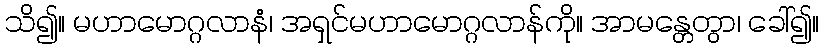
သိ၍။ မဟာမောဂ္ဂလာနံ၊ အရှင်မဟာမောဂ္ဂလာန်ကို။ အာမန္တေတွာ၊ ခေါ်၍။